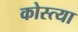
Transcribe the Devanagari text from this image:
कोस्त्या